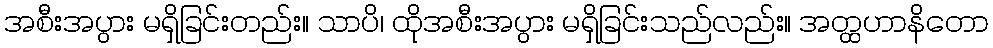
အစီးအပွား မရှိခြင်းတည်း။ သာပိ၊ ထိုအစီးအပွား မရှိခြင်းသည်လည်း။ အတ္ထဟာနိတော